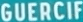
GUERCIF